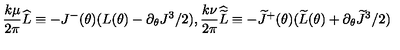
\frac { k \mu } { 2 \pi } \widehat { L } \equiv - J ^ { - } ( \theta ) ( L ( \theta ) - \partial _ { \theta } J ^ { 3 } / 2 ) , \frac { k \nu } { 2 \pi } \widehat { \widetilde { L } } \equiv - \widetilde { J } ^ { + } ( \theta ) ( \widetilde { L } ( \theta ) + \partial _ { \theta } \widetilde { J } ^ { 3 } / 2 )